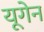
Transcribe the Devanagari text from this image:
यूगेन